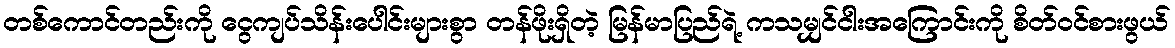
တစ်ကောင်တည်းကို ငွေကျပ်သိန်းပေါင်းများစွာ တန်ဖိုးရှိတဲ့ မြန်မာပြည်ရဲ့ ကသမျှင်ငါးအကြောင်းကို စိတ်ဝင်စားဖွယ်